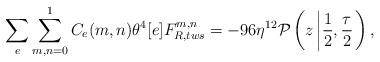
\begin{align*}\sum_{e}\sum_{m,n=0}^{1} C_{e}(m,n)\theta^{4}[e] F_{R,tws}^{m,n}=-96\eta^{12}{\cal P}\left(z\left|\frac{1}{2},\frac{\tau}{2}\right.\right),\end{align*}